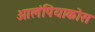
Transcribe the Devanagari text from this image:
ओलंपियाकोस